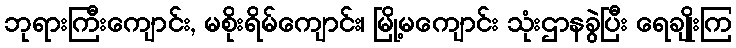
ဘုရားကြီးကျောင်း, မစိုးရိမ်ကျောင်း၊ မြို့မကျောင်း သုံးဌာနခွဲပြီး ရေချိုးကြ